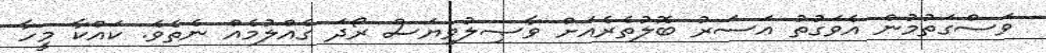
ވަސްގަތުމުން އެވަގުތު އަސަރު ބޮލުތެރެއަށް ވާޞިލުވިޔަސް ރޯދަ ގެއްލުމެއް ނެތެވެ. ކައްކާ މީހާ